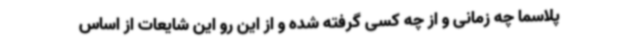
پلاسما چه زمانی و از چه کسی گرفته شده و از این رو این شایعات از اساس